Juuru_vallavalitsus, lk 21
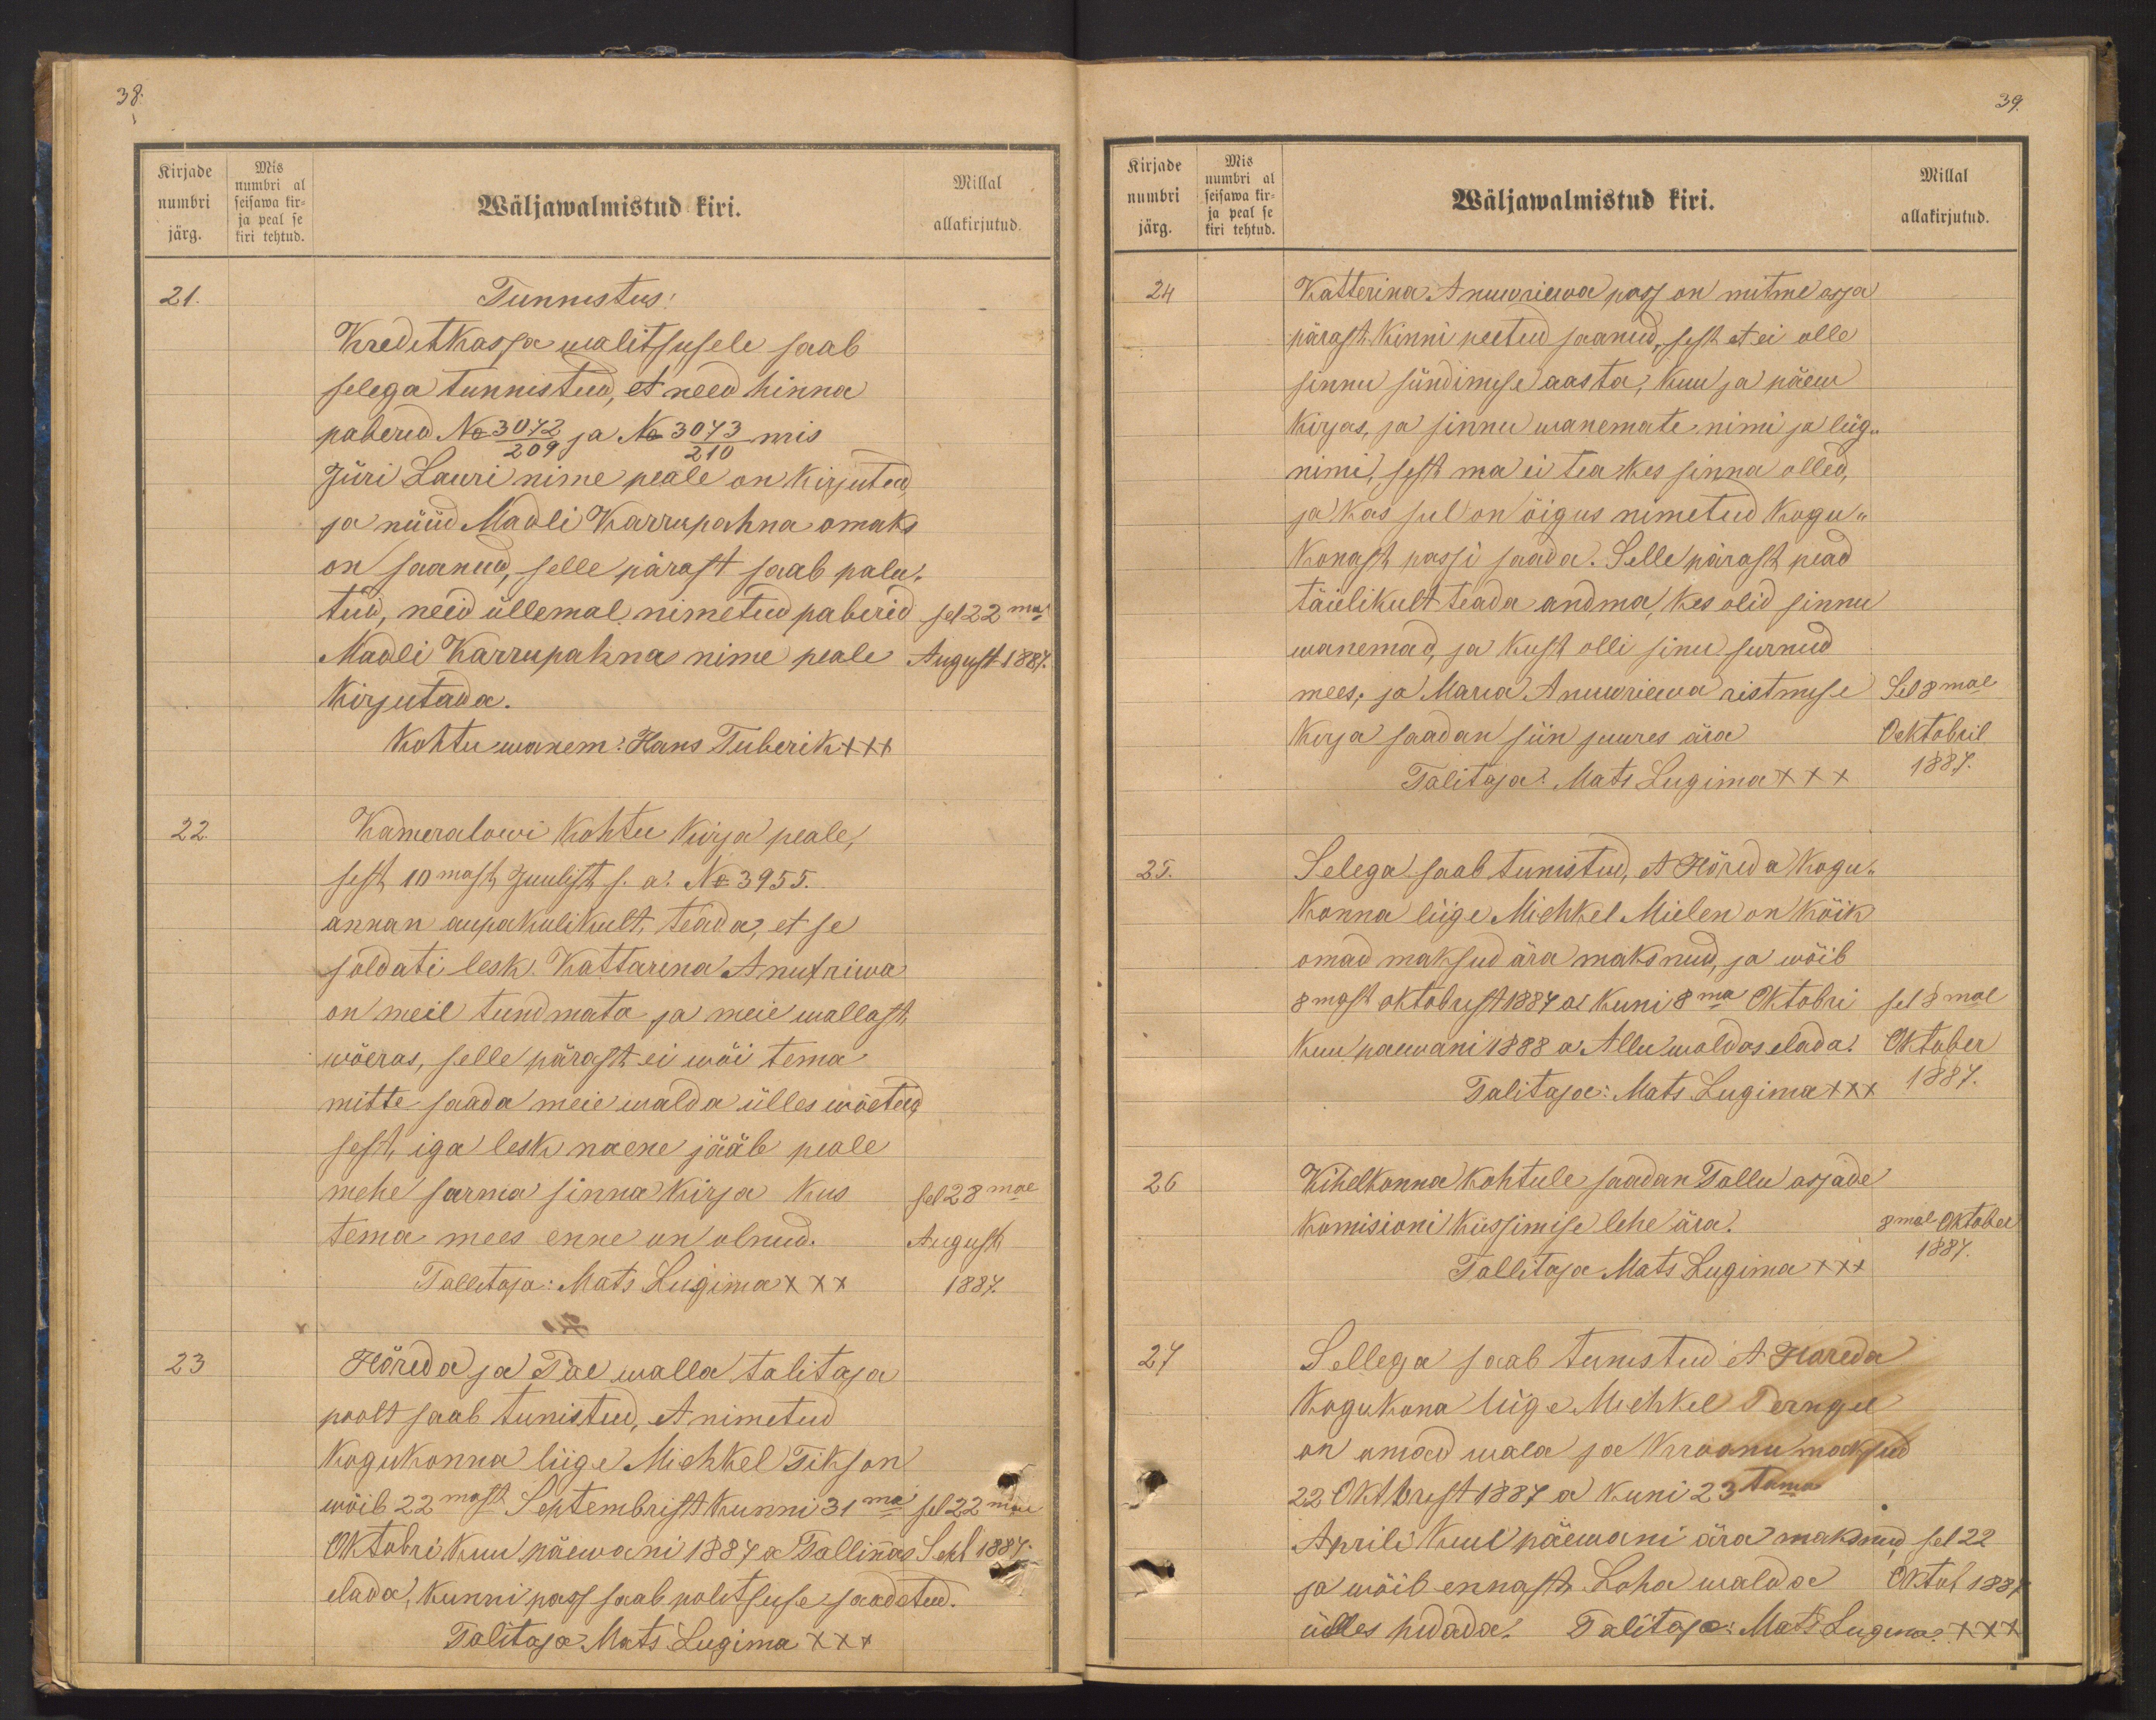
Kirjade
numbri
järg.
Mis
numbri al
seisawa kir-
ja peal se
kiri tehtud.

38.
Millal
Wäljawalmistud kiri.
allakirjutud.
21.
Tunnistus!
KreditKassa walitsusele saab
selega tunnistud, et need hinna
paberid No 3072 ja No 3043 mis
209
210
Jüri Lauri nime peale on kirjutud,
ja nüüd Madli Karrupahna omaks
on saanud, selle pärast saab palu-
tud, neid üllemal nimetud paberid sel 22mal
Madli Karrupahna nime peale August 1887.
Kirjutada.
kohtuwanem. Hans Tuberik +++
22.
Kameralowi kohtu kirja peale,
sest 10mast Juulist s.a. No 3955.
annan aupakulikult, teada, et se
soldati lesk Kattarina Anufriwa
on meil tundmata ja meie wallast
wõeras, selle pärast ei wõi tema
mitte saada meie walda ülles wõetud.
sest, iga lesk naene jääb peale
mehe surma sinna kirja kus
sel 28mal
tema mees enne on olnud.
August
Tallitaja: Mats Lugima XXX
1887.
23
Hõreda ja Pae walla talitaja
poolt saab tunistud, et nimetud
Kogukonna liige Michkel Tikson
wõib 22mast Septembrist kunni 31ma sel 22mal
Oktobri kuu päewani 1887 a Tallinnas Sept 1887.
elada, kunni pass saab walitsuse saadetud.
Talitaja Mats Lugima XXX

Kirjade
numrbi
järg.
Mis
numbri al
seisawa kir-
ja peal se
kiri tehtud.

39.
Millal
Wäljawalmistud kiri.
allakirjutud.
24
Katterina Annuriiwa pass on mitme asja
pärast kinni peetud saanud, sest et ei olle
sinnu sündimise aasta, kuu ja päew
kirjas, ja sinnu wanemate nimi ja liig-
nime, sest ma ei tea kes sinna olled,
ja kas sul on õigus nimetud kogu-
konast passi saada. Selle pärast pead
täielikult teada andma kes olid sinnu
wanemad ja kust olli sinu surnud
mees; ja Marie Annarikwa ristmise
sel 8mal
Kirja saadan siin juures ära
Ocktobril
Talitaja: Mats Lugima XXX
1887.
25.
Selega saab tunistud, et Hõreda kogu-
konna liige Michkel Mielen on kõik
omad maksud ära maksnud, ja wõib
8mast oktobrist 1887 al kuni 8ma Oktobri sel 8mal
Kuu paeewani 1888 a. Allu waldas elada. Oktober
Talitaja: Mats Lugima XXX
1887.
26
Kihelkonna kohtule saadan Tallu asjade
Komisioni küssimise lehe ära.
8mal Oktober
Tallitaja Mats Lugima XXX
1887.
27
Sellega saab tunistud et Horeda
Kogukona liige Michkel Perngel
on omad wala ja kroonu maksud
22 Oktbrist 1887 a kuni 23 tamal
Aprili kuul päewani ära maksnud sel 22
ja wõib ennast Loha walda Oktob 1887
ülles pidada. Talitaja: Mats Lugima XXX